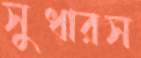
সুধারস